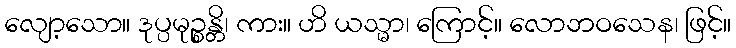
လျော့သော။ ဒုပ္ပမုဉ္စန္တိ၊ ကား။ ဟိ ယသ္မာ၊ ကြောင့်။ လောဘဝသေန၊ ဖြင့်။